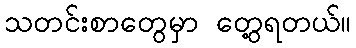
သတင်းစာတွေမှာ တွေ့ရတယ်။